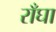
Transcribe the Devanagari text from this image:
राँघा